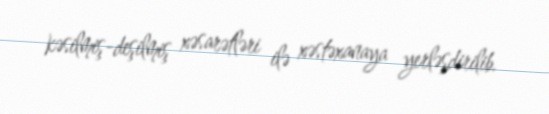
kəsilmiş-deşilmiş xəsarətləri ilə xəstəxanaya yerləşdirilib.